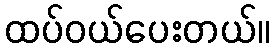
ထပ်ဝယ်ပေးတယ်။